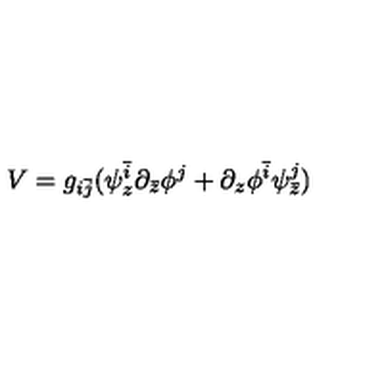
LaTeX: V = g _ { i \bar { j } } ( \psi _ { z } ^ { \bar { i } } \partial _ { \bar { z } } \phi ^ { j } + \partial _ { z } \phi ^ { \bar { i } } \psi _ { \bar { z } } ^ { j } )